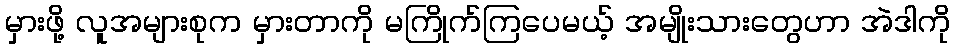
မှားဖို့ လူအများစုက မှားတာကို မကြိုက်ကြပေမယ့် အမျိုးသားတွေဟာ အဲဒါကို